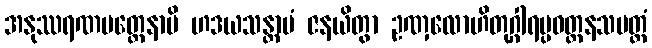
အနုဿရဏမတ္တေနာပိ ဟဒယသန္တာပံ ဇနယိတွာ ဥဏှလောဟိတုဂ္ဂါရပ္ပဝတ္တနသမတ္ထံ